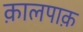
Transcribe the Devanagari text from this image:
क़ालपाक़